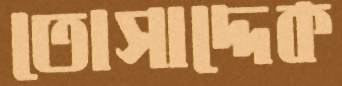
তোসাদ্দেক